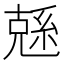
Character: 𠒭